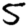
Digit: 5